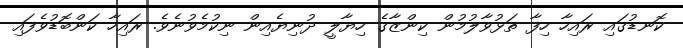
ކޮނޑުގައި ރައިހާ ހިފާ ތަޅުވާލުމުން ކިންޒާގެ ހިޔާލީ ދުނިޔެއިން ނިކުމެވުނެވެ. ރައިހާ ކަންބޮޑުވެފައި